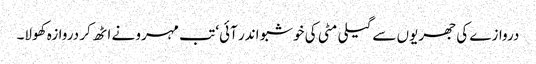
دروازے کی جھریوں سے گیلی مٹی کی خوشبو اندر آئی‘ تب مہرو نے اٹھ کر دروازہ کھولا۔